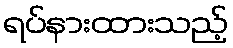
ရပ်နားထားသည့်